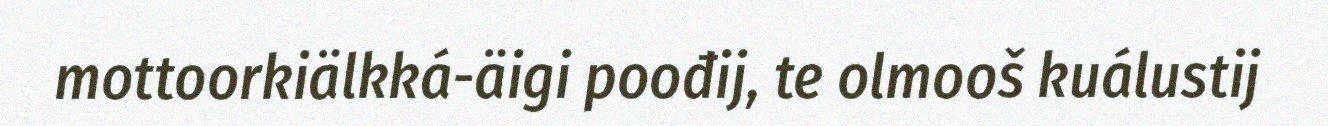
mottoorkiälkká-äigi poođij, te olmooš kuálustij